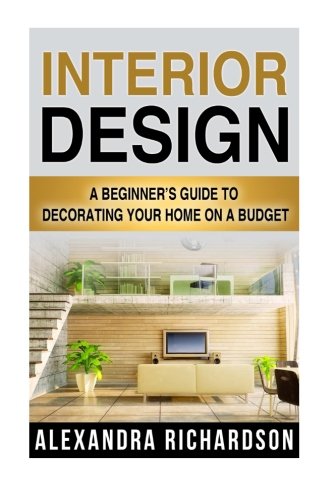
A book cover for Interior Design: A Beginner's Guide To Decorating Your Home On A Budget - Includes Bedroom Decor, Living Room, Kitchen And Bathroom Design Ideas (Feng Shui, Interior Design Handbook); Alexandra Richardson; Religion & Spirituality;